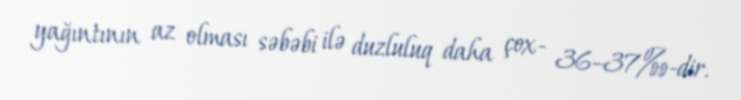
yağıntının az olması səbəbi ilə duzluluq daha çox- 36–37‰-dir.